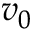
v _ { 0 }